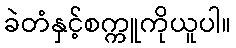
ခဲတံနှင့်စက္ကူကိုယူပါ။